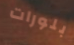
بلورات